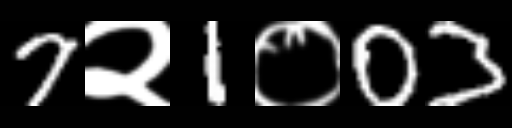
Text: 7२1०03